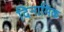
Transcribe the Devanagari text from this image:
दिनामिक